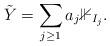
LaTeX: \begin{align*}\Tilde{Y} = \sum_{j\geq 1} a_j \mathbb{1}_{I_j}.\end{align*}